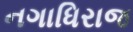
નગાધિરાજ